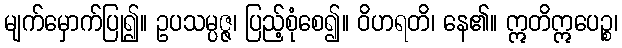
မျက်မှောက်ပြု၍။ ဥပသမ္ပဇ္ဇ၊ ပြည့်စုံစေ၍။ ဝိဟရတိ၊ နေ၏။ ဣတိဣပေဉ္စ၊